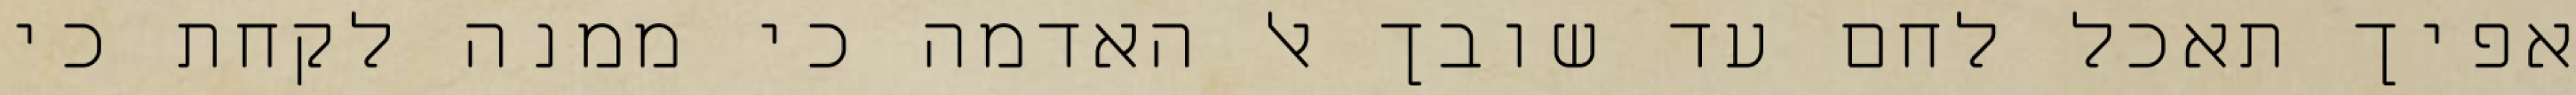
אפיך תאכל לחם עד שובך אל האדמה כי ממנה לקחת כי